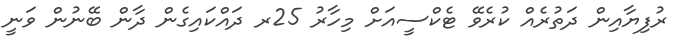
ރުފިޔާއިން ދަތުރެއް ކުރެވޭ ޓެކްސީއަށް މިހާރު 25ރ ދައްކައިގެން ދާން ބޭނުން ވަނީ